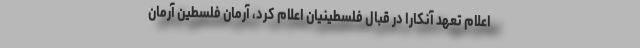
اعلام تعهد آنکارا در قبال فلسطینیان اعلام کرد، آرمان فلسطین آرمان